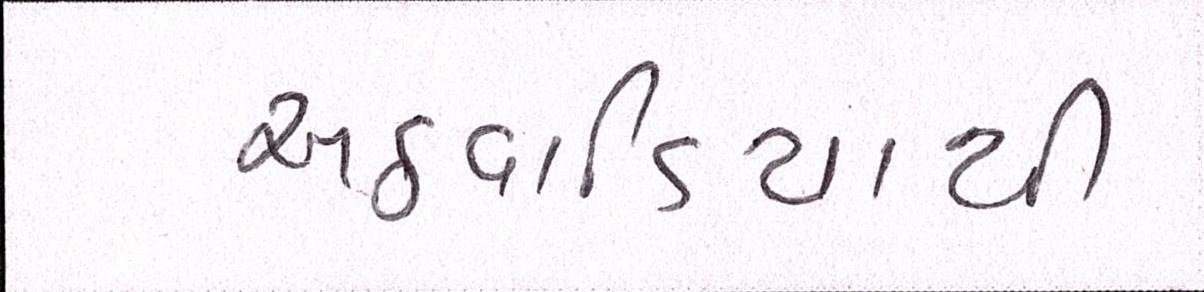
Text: અઠવાડિયાથી